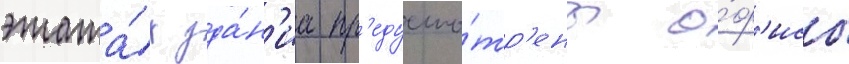
этажа́х зда́н'иа пр'едусмо́тр'ены о́ф'исы